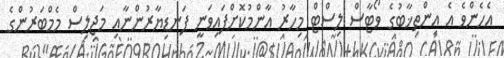
އެހެންވެ އެ އިންތިޚާބުގެ ވޯޓާސް ލިސްޓް މިހާރު އާންމުކޮށްފައިވަނީ ފަނޑިޔާރުންނާއި މަޖިލިސް މެމްބަރުންގެ